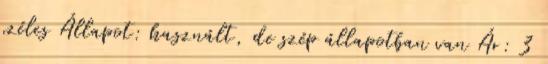
széles Állapot: használt, de szép állapotban van Ár: 3